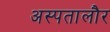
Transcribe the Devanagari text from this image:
अस्पतालौर